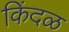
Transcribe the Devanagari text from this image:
किंदळ